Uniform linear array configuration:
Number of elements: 32
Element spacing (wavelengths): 0.75
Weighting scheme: exponential
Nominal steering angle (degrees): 15
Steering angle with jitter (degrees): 16.213
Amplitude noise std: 0.05
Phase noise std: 0.05

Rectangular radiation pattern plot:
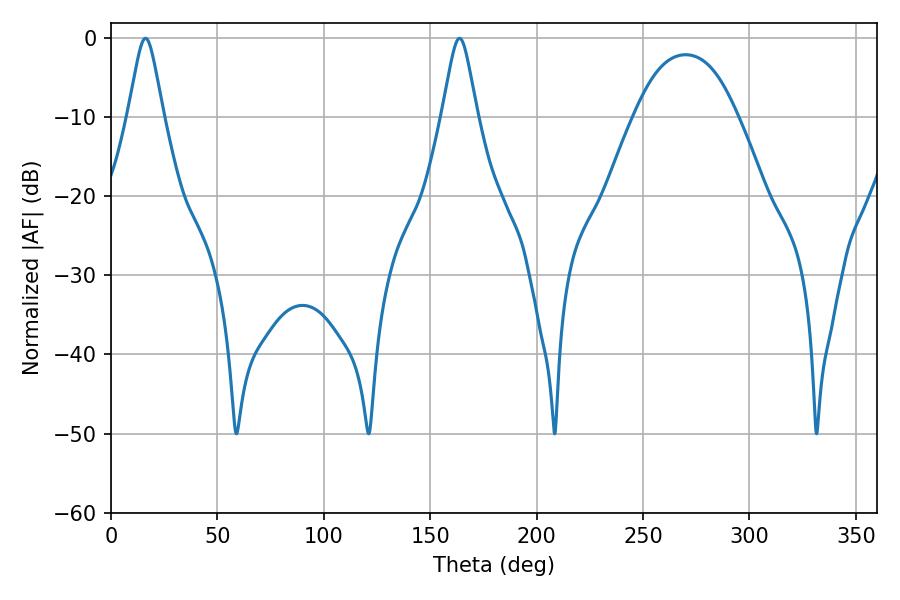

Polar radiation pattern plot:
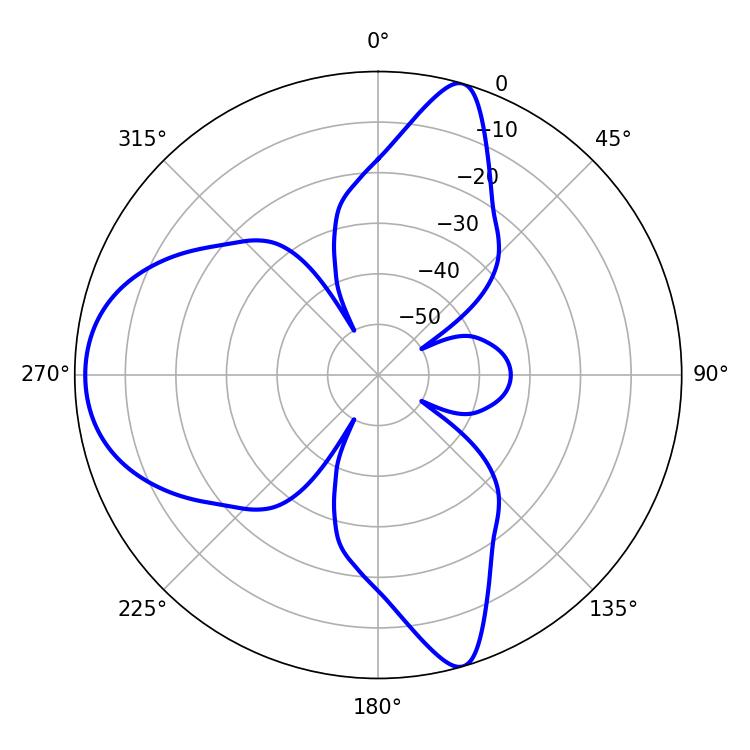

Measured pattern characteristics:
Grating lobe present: TRUE
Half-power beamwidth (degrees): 7.92
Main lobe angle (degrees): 16.2